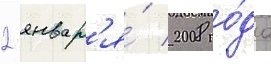
2 январ'я́ 2008 го́да